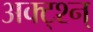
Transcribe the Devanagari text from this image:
अक्ट्श्न्